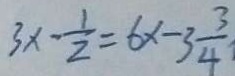
3 x - \frac { 1 } { 2 } = 6 x - 3 \frac { 3 } { 4 }